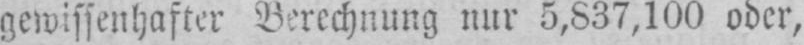
gewissenhafter Berechnung nur 5,837,100 oder,